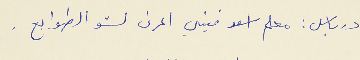
درباس : معلم اسعد فيني اعرف لشو الطوابع .